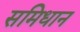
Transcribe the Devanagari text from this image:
समिधान